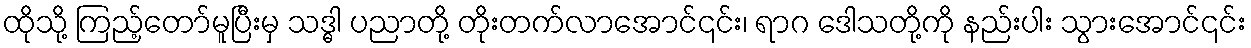
ထိုသို့ ကြည့်တော်မူပြီးမှ သဒ္ဓါ ပညာတို့ တိုးတက်လာအောင်၎င်း၊ ရာဂ ဒေါသတို့ကို နည်းပါး သွားအောင်၎င်း